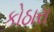
કોઠારા